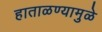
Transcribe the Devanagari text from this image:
हाताळण्यामुळे